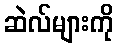
ဆဲလ်များကို